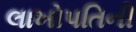
લાખોપતિની